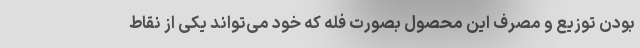
بودن توزیع و مصرف این محصول بصورت فله که خود می‌تواند یکی از نقاط